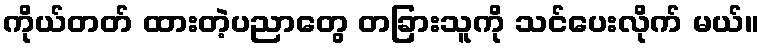
ကိုယ်တတ် ထားတဲ့ပညာတွေ တခြားသူကို သင်ပေးလိုက် မယ်။